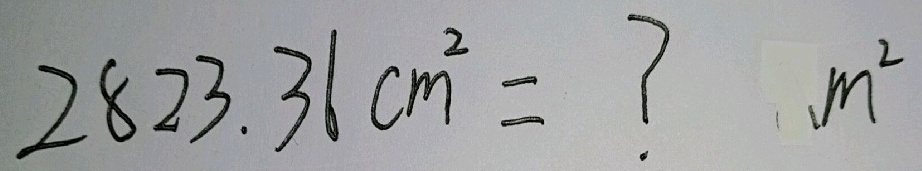
2 8 2 3 . 3 6 c m ^ { 2 } = ? m ^ { 2 }